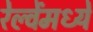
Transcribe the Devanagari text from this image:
रेल्वेंमध्ये